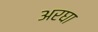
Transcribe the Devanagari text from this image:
अरघा